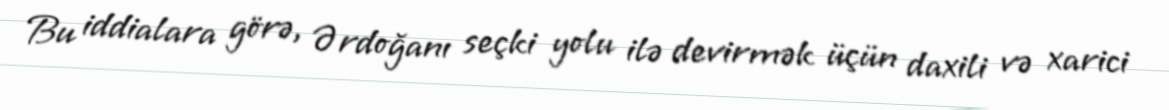
Bu iddialara görə, Ərdoğanı seçki yolu ilə devirmək üçün daxili və xarici